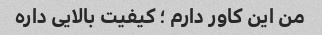
من این کاور دارم ؛ کیفیت بالایی داره